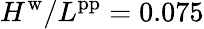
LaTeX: H^{\mathrm{w}}/L^{\mathrm{pp}}=0.075